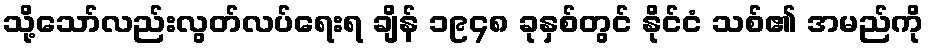
သို့သော်လည်းလွတ်လပ်ရေးရ ချိန် ၁၉၄၈ ခုနှစ်တွင် နိုင်ငံ သစ်၏ အမည်ကို